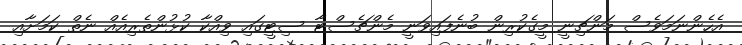
އެހެންނަމަވެސް މަންޗިނީ މީގެކުރިން ބުނެފައިވަނީ މެންޗެސްޓާ ސިޓީގައި ވިއްކާ ކުޅުންތެރިއެއް ނެތް ކަމަށާއި